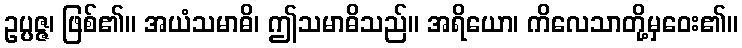
ဥပ္ပဇ္ဇ၊ ဖြစ်၏။ အယံသမာဓိ၊ ဤသမာဓိသည်။ အရိယော၊ ကိလေသာတို့မှဝေး၏။